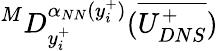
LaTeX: ^MD_{y_{i}^{+}}^{\alpha_{NN}(y_{i}^{+})}(\overline{{U_{DNS}^{+}}})